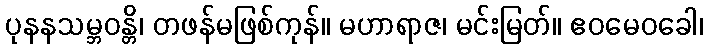
ပုနနသမ္ဘဝန္တိ၊ တဖန်မဖြစ်ကုန်။ မဟာရာဇ၊ မင်းမြတ်။ ဧဝမေဝခေါ၊